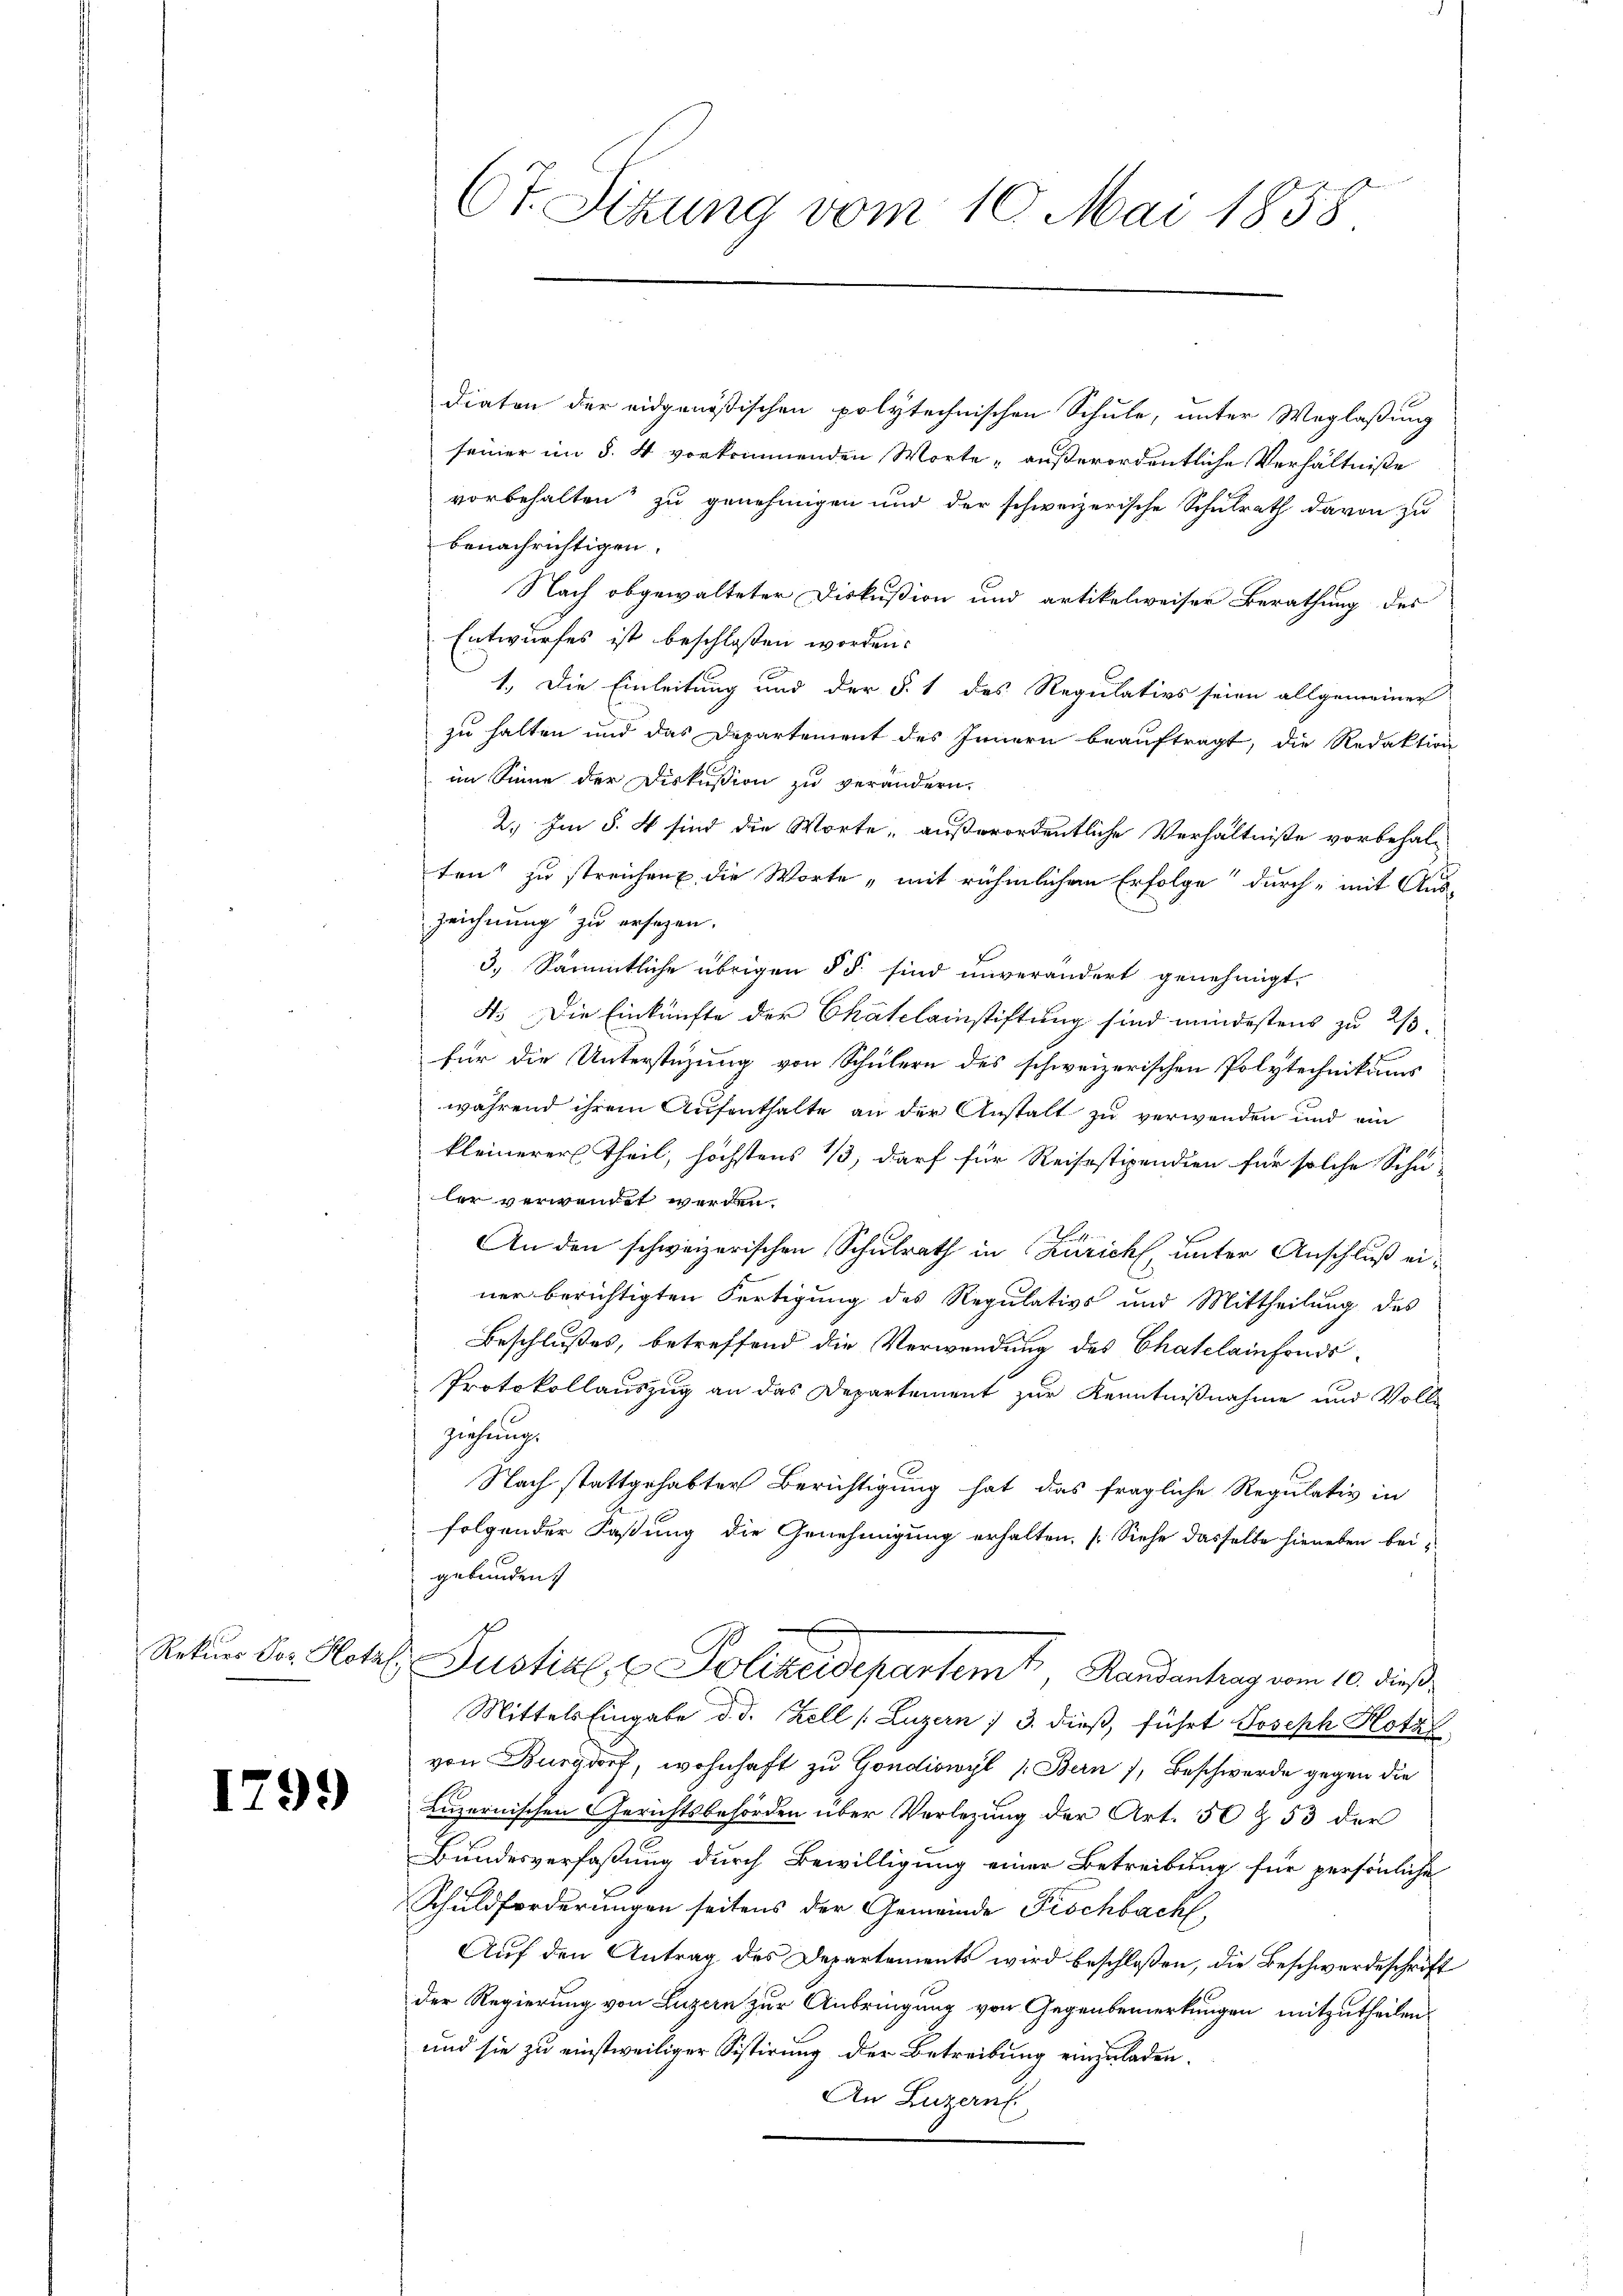
1799

diaten der eidgenößischen polytechnischen Schule, unter Weglaßung
seiner im §. 4 vorkommenden Worte, außerordentliche Verhältniße
vorbehalten zu genehmigen und der schweizerische Schulrath davon zu
benachrichtigen.
Nach abgewalteter Diskußion und artikelweiser Berathung des
Entwurfes ist beschlossen worden.
1. Die Einleitung und der §. 1 des Regulativs seien allgemeiner
zu halten und das Departement des Innern beauftragt, die Redaktion
im Sinne der Diskussion zu verändern.
2.) Im §. 4 sind die Worte, außerordentliche Verhältniße vorbehalten“ zu streichen die Worte „mit rühmlichen Erfolge durch mit Aus-
zeichnung zu ersezen.
3.) Sämmtliche übrigen § §. sind unverändert genehmigt,
4. Die Einkünfte der Chatelainstiftung sind mindestens zu 2/3
für die Unterstüzung von Schülern des schweizerischen Polytechnikums
während ihrem Aufenthalte an der Anstalt zu verwenden und ein
kleinerer Theil, höchstens 13, darf für Reisestipendien für solche Schu-
ler verwendet werden.
An den schweizerischen Schulrath in Zürich, unter Anschluß einer berichtigten Fertigung des Regulativs und Mittheilung des
Beschlußes, betreffend die Verwendung des Chatelainfonds-
Protokollauszug an das Departement zur Kenntnißnahme und Volle
ziehung.
Nach stattgehabter Berichtigung hat das fragliche Regulativ in
folgender Faßung die Genehmigung erhalten. (Siehe dasselbe hieneben bei
gebunden.
Retur der Hotel. Justial, u. Polizeidepartemt, Randantrag vom 10. dieß
Mittels Eingabe d. d. Zell (Luzern / 3. dieß, führt Joseph Hotal
von Burgdorf, wohnhaft zu Gondiswyl (Bern), Beschwerde gegen die
Luzernischen Gerichtsbehörden über Verlegung der Art. 50 & 53 der
Bundesverfaßung durch Bewilligung einer Betreibung für persönliche
Schuldforderungen seitens der Gemeinde Fischbach,
Auf den Antrag des Departements wird beschloßen, die Beschwerdeschrift
der Regierung von Luzern zur Anbringung von Gegenbemerkungen mitzutheilen.
und sie zu einstweiliger Sistirung der Betreibung einzuladen.
An Luzern

Ot. Sitzung vom 10. Mai 1858